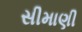
સીમાણી